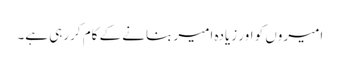
امیروں کو اور زیادہ امیر بنانے کے کام کررہی ہے۔